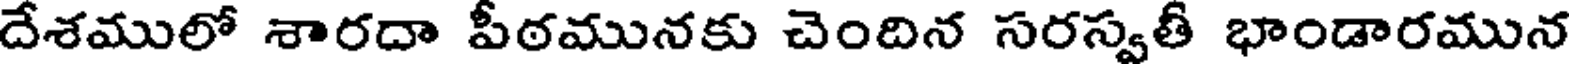
దేశములో శారదా పీఠమునకు చెందిన సరస్వతీ భాండారమున